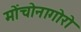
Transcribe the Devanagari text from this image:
मोंचोनागोरो